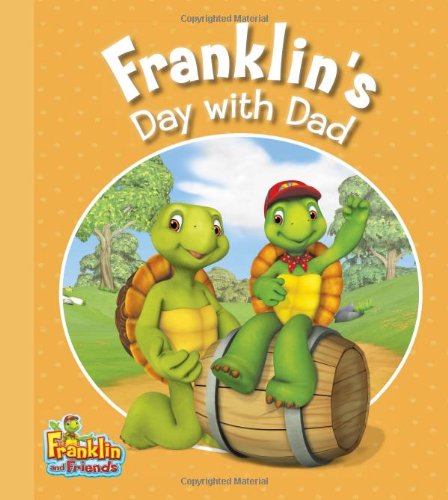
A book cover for Franklin's Day with Dad (Franklin and Friends); Children's Books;